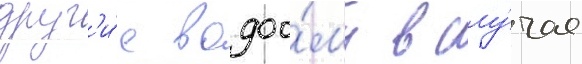
друг'и́е водоо́мы в слу́чае